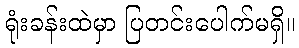
ရုံးခန်းထဲမှာ ပြတင်းပေါက်မရှိ။